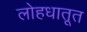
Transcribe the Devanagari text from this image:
लोहधातूत